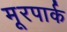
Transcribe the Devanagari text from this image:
मूरपार्क